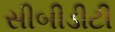
સીબીડીટી